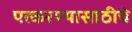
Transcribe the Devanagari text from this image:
पत्करण्यासाठीचे